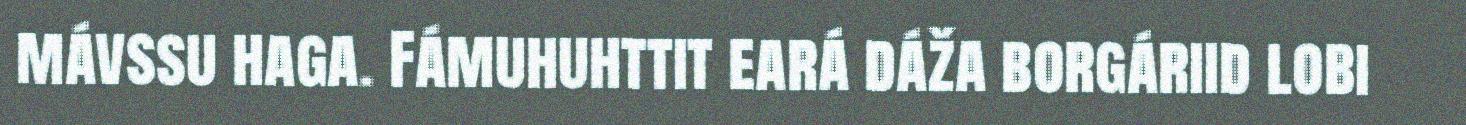
mávssu haga. Fámuhuhttit eará dáža borgáriid lobi